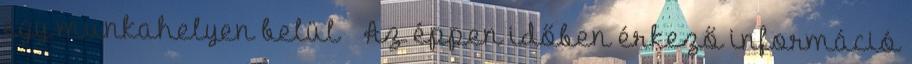
egy munkahelyen belül  Az éppen időben érkező információ